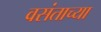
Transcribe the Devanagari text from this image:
वसंताच्या